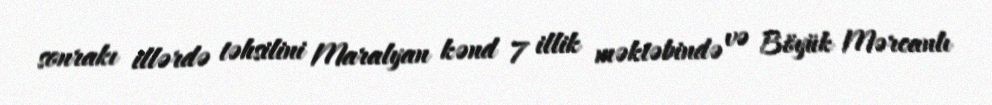
sonrakı illərdə təhsilini Maralyan kənd 7 illik məktəbində və Böyük Mərcanlı